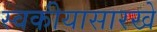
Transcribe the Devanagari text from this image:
स्वकीयासारखे